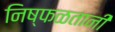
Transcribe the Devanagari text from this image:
निष्फळतानी